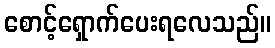
စောင့်ရှောက်ပေးရလေသည်။